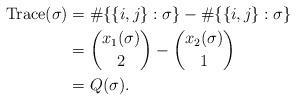
LaTeX: \begin{align*} \mathrm{Trace}(\sigma) &= \#\{\{i,j\} : \sigma \} - \#\{\{i,j\} : \sigma \}\\ &= \binom{x_1(\sigma)}{2} - \binom{x_2(\sigma)}{1}\\ &= Q(\sigma).\end{align*}